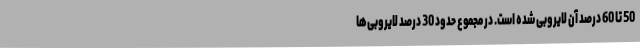
50 تا 60 درصد آن لایروبی شده است. در مجموع حدود 30 درصد لایروبی‌ها